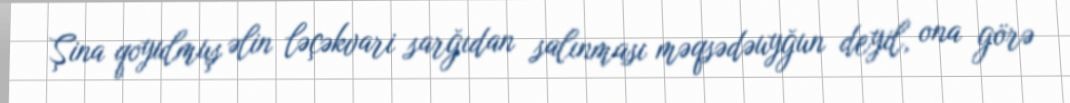
Şina qoyulmuş əlin ləçəkvari sarğıdan salınması məqsədəuyğun deyil, ona görə